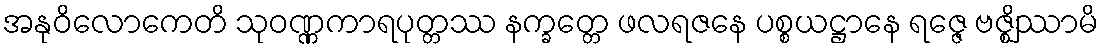
အနုဝိလောကေတိ သုဝဏ္ဏကာရပုတ္တဿ နက္ခတ္တေ ဖလရဇနေ ပစ္စယဋ္ဌာနေ ရဇ္ဇေ ဗဇ္ဈိဿာမိ